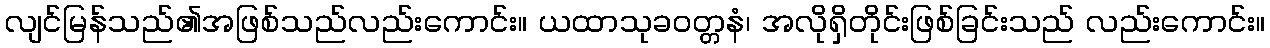
လျင်မြန်သည်၏အဖြစ်သည်လည်းကောင်း။ ယထာသုခဝတ္တနံ၊ အလိုရှိတိုင်းဖြစ်ခြင်းသည် လည်းကောင်း။